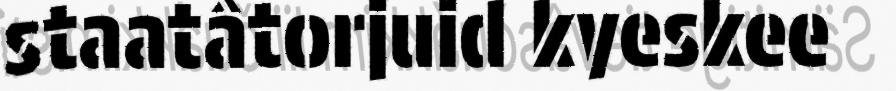
staatâtorjuid kyeskee